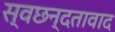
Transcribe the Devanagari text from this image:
स्वछन्दतावाद